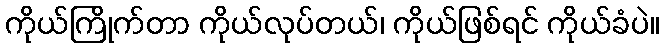
ကိုယ်ကြိုက်တာ ကိုယ်လုပ်တယ်၊ ကိုယ်ဖြစ်ရင် ကိုယ်ခံပဲ။